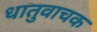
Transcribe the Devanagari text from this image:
धातुवाचक